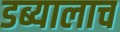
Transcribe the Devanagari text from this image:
डब्यालाच